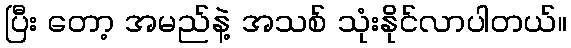
ပြီး တော့ အမည်နဲ့ အသစ် သုံးနိုင်လာပါတယ်။